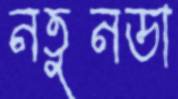
নতুনডা